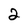
Character: 2